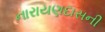
નારાયણદાસની